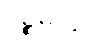
ပဉ္စမတွဲ။